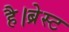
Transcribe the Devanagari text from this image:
है।ब्रेस्ट